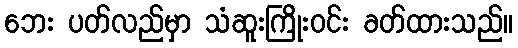
ဘေး ပတ်လည်မှာ သံဆူးကြိုးဝင်း ခတ်ထားသည်။